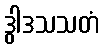
ဒွါဒသသတံ